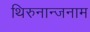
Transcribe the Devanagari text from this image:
थिरुनान्जनाम